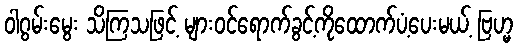
ဝါဂွမ်းမွေး သိကြသဖြင့် များဝင်ရောက်ခွင့်ကိုထောက်ပံ့ပေးမယ့် ဗြဟ္မ